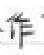
作